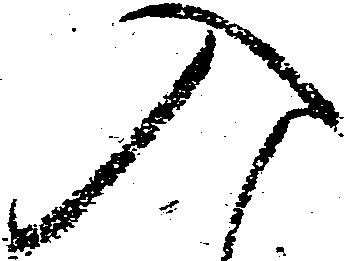
入